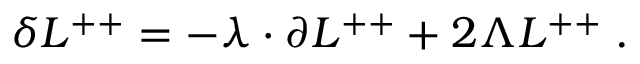
\delta L ^ { + + } = - \lambda \cdot \partial L ^ { + + } + 2 \Lambda L ^ { + + } \; .